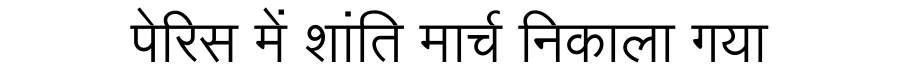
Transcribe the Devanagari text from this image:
पेरिस में शांति मार्च निकाला गया